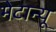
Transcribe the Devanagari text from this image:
मेटान्यू